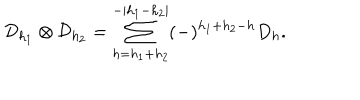
\mathcal { D } _ { h _ { 1 } } \otimes \mathcal { D } _ { h _ { 2 } } = \sum _ { h = h _ { 1 } + h _ { 2 } } ^ { - | h _ { 1 } - h _ { 2 } | } ( - ) ^ { h _ { 1 } + h _ { 2 } - h } D _ { h } .